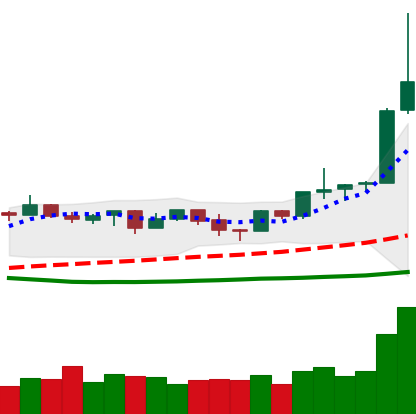
Ticker: NEO-USD
Chart end date: 2019-04-03
Forward return: 4.494%
Label: up_3_5